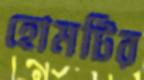
হোমটির